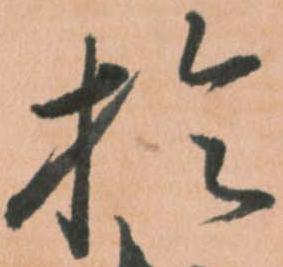
於